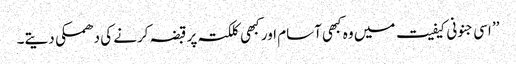
’’ اسی جنونی کیفیت میں وہ کبھی آسام اور کبھی کلکتہ پر قبضہ کرنے کی دھمکی دیتے۔